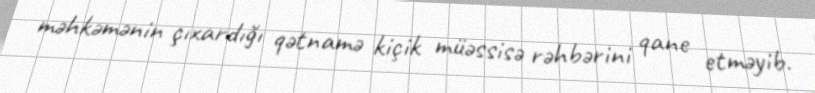
məhkəmənin çıxardığı qətnamə kiçik müəssisə rəhbərini qane etməyib.